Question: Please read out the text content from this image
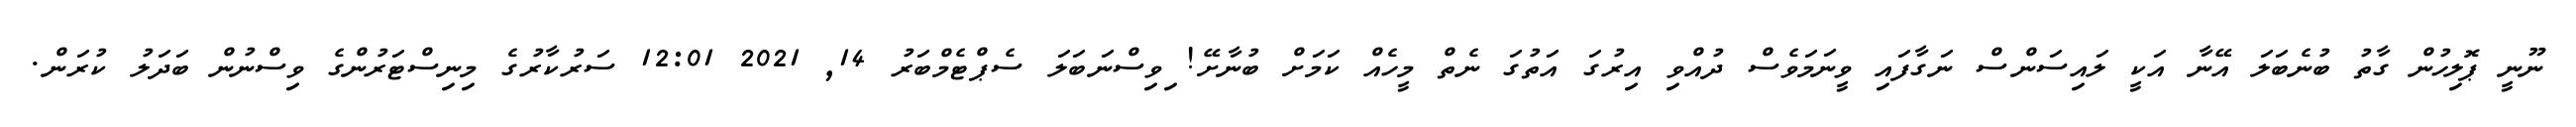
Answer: ނޫނީ ޕޮލިހުން ގާތު ބުނެބަލަ އޭނާ އަކީ ލައިސަންސް ނަގާފައި ވީނަމަވެސް ދުއްވި އިރުގަ އަތުގަ ނެތް މީހެއް ކަމަށް ބުނާށޭ! ިވިސްނަބަލަ ސެޕްޓެމްބަރު 14, 2021 12:01 ސަރުކާރުގެ މިނިސްޓަރުންގެ ވިސްނުން ބަދަލު ކުރަން.